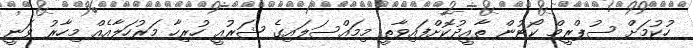
ހުކުމަށް ސުޕްރީމް ކޯޓުން ތާއީދުކޮށްފައިވާތީ މިމައްސަލައިގެ ޝަރުއީ ހުރިހާ މަރުހަލާއެއް މިހާރު ވަނީ